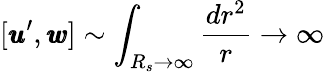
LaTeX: [{\pmb u}^{\prime},{\pmb w}]\sim\int_{R_{s}\rightarrow\infty}\frac{dr^{2}}{r}\rightarrow\infty